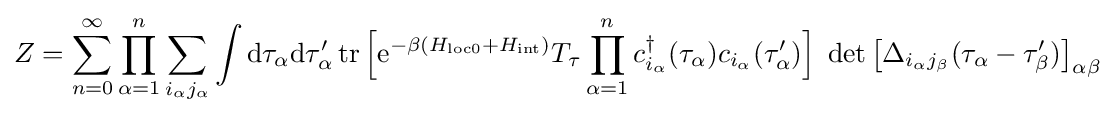
Z=\sum _{n=0}^{\infty }\prod _{\alpha =1}^{n}\sum _{i_{\alpha }j_{\alpha }}\int \mathrm {d} \tau _{\alpha }\mathrm {d} \tau _{\alpha }^{\prime }\operatorname {tr} {\Big [}\mathrm {e} ^{-\beta (H_{\mathrm {loc0} }+H_{\mathrm {int} })}T_{\tau }\prod _{\alpha =1}^{n}c_{i_{\alpha }}^{\dagger }(\tau _{\alpha })c_{i_{\alpha }}(\tau _{\alpha }^{\prime }){\Big ]}\;\det {\big [}\Delta _{i_{\alpha }j_{\beta }}(\tau _{\alpha }-\tau _{\beta }^{\prime }){\big ]}_{\alpha \beta }